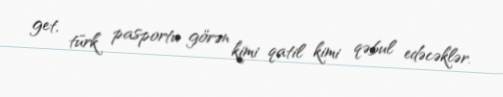
get, türk pasportu görən kimi qatil kimi qəbul edəcəklər.